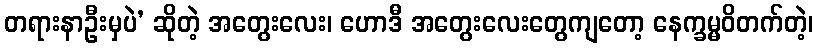
တရားနာဦးမှပဲ’ ဆိုတဲ့ အတွေးလေး၊ ဟောဒီ အတွေးလေးတွေကျတော့ နေက္ခမ္မဝိတက်တဲ့၊